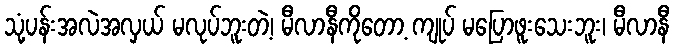
သုံ့ပန်းအလဲအလှယ် မလုပ်ဘူးတဲ့၊ မီလာနီကိုတော့ ကျုပ် မပြောဖူးသေးဘူး၊ မီလာနီ